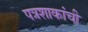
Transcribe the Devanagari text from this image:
पत्रशाकांची